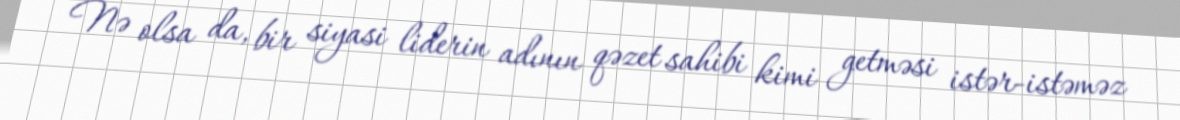
Nə olsa da, bir siyasi liderin adının qəzet sahibi kimi getməsi istər-istəməz